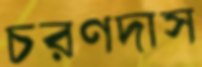
চরণদাস